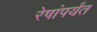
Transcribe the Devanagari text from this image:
रेषांपर्यंत